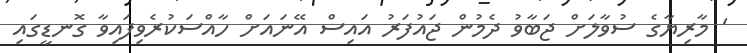
' މާރިޔާގެ ސުވާލަށް ޖަބާވު ދެމުން ޖައުފަރު އައިސް އޭނައަށް ހާއްސަކުރެވިފައިވާ ގޮނޑީގައި